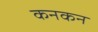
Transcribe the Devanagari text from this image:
कनकन